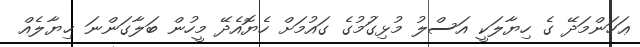
ޢަހަންމަދޭ ގެ ހިޔާލަކީ އަސްލު މުޅިގަުމުގެ ގައުމަށް ހެޔޮއެދޭ މީހުން ބަލާގަންނަ ޙިޔާލެއް